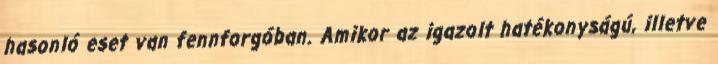
hasonló eset van fennforgóban. Amikor az igazolt hatékonyságú, illetve